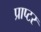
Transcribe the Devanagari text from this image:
प्राप्टर